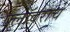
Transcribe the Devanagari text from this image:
फ्लॉवराचे